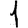
Digit: 1